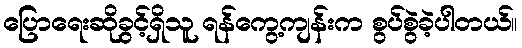
ပြောရေးဆိုခွင့်ရှိသူ ရန်ကွေ့ကျန်းက စွပ်စွဲခဲ့ပါတယ်။